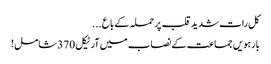
کل رات شدید قلب پرحملہ کے باع ...
بارہویں جماعت کے نصاب میں آرٹیکل 370 شامل!